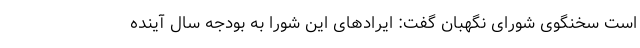
است سخنگوی شورای نگهبان گفت: ایرادهای این شورا به بودجه سال آینده